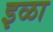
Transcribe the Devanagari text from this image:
इळा